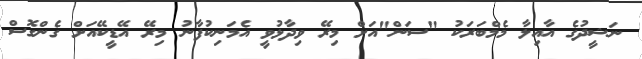
ނަޝީދުގެ އާއިލާ މެމްބަރަކު "ސަން"އަށް މިރޭ ވިދާޅުވީ އެމަނިކުފާނު މިރޭ އޭޑީކޭއަށް ގެންގޮސް